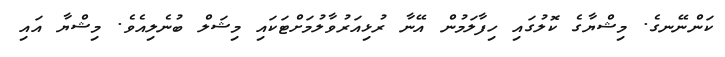
ކަންނޭނގެ. މިޝްޔާގެ ކޮލުގައި ހިފާލަމުން އޭނާ ރުޅިއަރުވާލުމަށްޓަކައި މިޝަލް ބުނެލިއެވެ. މިޝްޔާ އައި